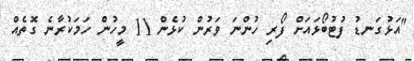
"އަޅުގަނޑު ފުޓުބޯޅައަށް ފޯރި ހުންނަ ވަރުން ކުޅެން 11 މީހުން ހަމަކުރާނެ ގޮތެއް